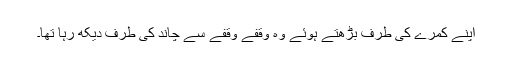
اپنے کمرے کی طرف بڑھتے ہوئے وہ وقفے وقفے سے چاند کی طرف دیکھ رہا تھا۔